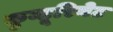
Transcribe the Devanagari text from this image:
क़ुम्हूरियेट